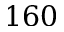
1 6 0